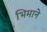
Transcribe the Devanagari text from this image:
भिमानेे